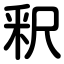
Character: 釈